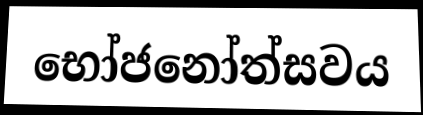
භෝජනෝත්සවය